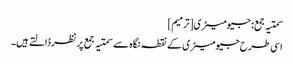
سمتیہ جمع: جیومیٹری[ترمیم]
اسی طرح جیومیٹری کے نقطہ نگاہ سے سمتیہ جمع پر نظر ڈالتے ہیں۔